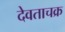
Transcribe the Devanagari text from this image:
देवताचक्र